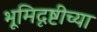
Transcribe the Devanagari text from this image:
भूमिदृष्टीच्या